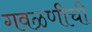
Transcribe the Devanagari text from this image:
गवळणीची